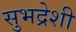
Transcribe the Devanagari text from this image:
सुभद्रेशी